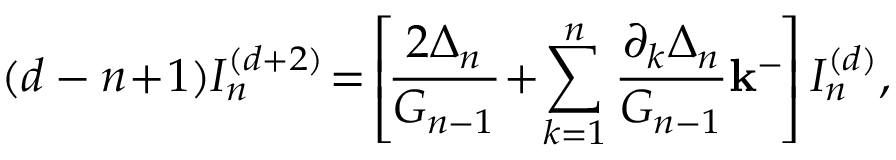
( d - n \! + \! 1 ) I _ { n } ^ { ( d + 2 ) } \! = \! \left[ \! \frac { 2 \Delta _ { n } } { G _ { n - 1 } } \! + \! \sum _ { k = 1 } ^ { n } \frac { \partial _ { k } \Delta _ { n } } { G _ { n - 1 } } { \bf k ^ { - } } \! \right] I _ { n } ^ { ( d ) } ,